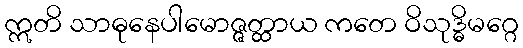
ဣတိ သာဓုနေပါမောဇ္ဇတ္ထာယ ကတေ ဝိသုဒ္ဓိမဂ္ဂေ